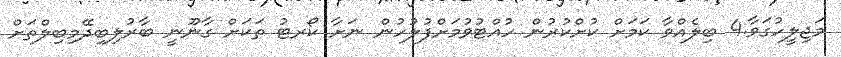
މަޖިލީހުގަވާ.4 ބިލެއްވާ ކަމަށް ކުށްކުރުން ހުއްޓުވުމަށްފުލުހުން ނަށާ ކޯރޓު ތަކަށް ގާނޫނީ ބާރުލިބިދޭމިބިލްތަށް